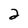
Character: 2